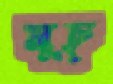
মুচ্